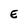
Character: E